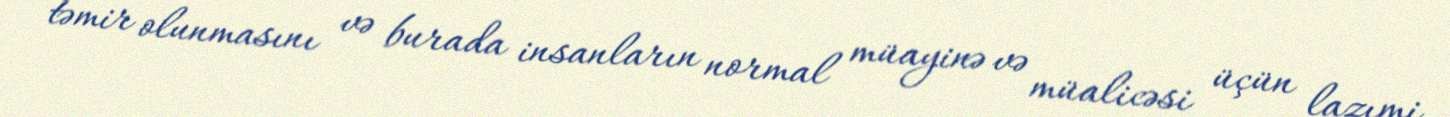
təmir olunmasını və burada insanların normal müayinə və müalicəsi üçün lazımi